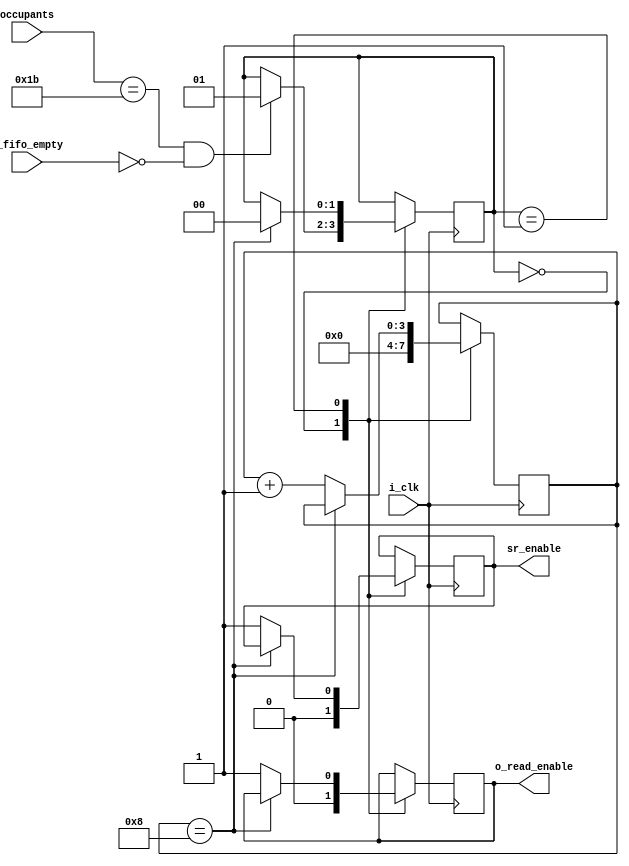
module row_buf_controller#(
    parameter COL = 3,
    parameter ROW = 9,
    parameter W_ADDR = 8
)(  input i_clk,
    input i_fifo_empty,
    input [W_ADDR : 0] occupants,
    output reg o_read_enable = 0,
    output reg sr_enable = 0
);

reg [1:0] state = 0;
reg [3:0] counter = 0;

always @(posedge i_clk)begin
    case(state)
        0: begin
            counter <= 0;
            sr_enable <= 0;
            o_read_enable <= 0;
            if((occupants == (ROW * COL)) && (i_fifo_empty == 0))begin
                state <= 1;
            end
        end
        
        1: begin
            //if(counter == (ROW * COL)-1))begin
            if(counter == 8)begin  
              state <= 0;
            end else begin
                //state <= 2;
            o_read_enable <= 1'b1;
            sr_enable <= 1'b1;
            counter <= counter + 1;
            end
        end
        /*
        2: begin
            o_read_enable <= 1'b1;
            sr_enable <= 1'b1;
            counter <= counter + 1;
            state <= 1;
        end
        
        3: begin
            counter <= counter + 1;
            state <= 1;
        end*/
        
    endcase
end


endmodule